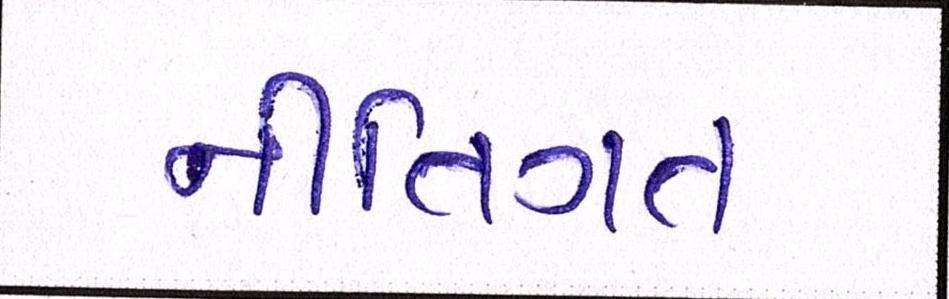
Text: નીતિગત